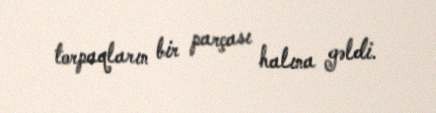
torpaqların bir parçası halına gəldi.